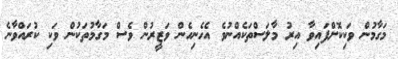
މަގާމުން ވަކިކޮށްފައިވާ އިރު މާލަސްތަކެއްނުވެ އެހެނިހެން ވަޒީރުން ވެސް މަގާމުތަކުން ވަކި ކުރައްވާނެ